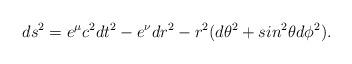
LaTeX: \begin{align*}ds^2=e^\mu c^2dt^2-e^\nu dr^2-r^2(d\theta^2+sin^2\theta d\phi^2).\end{align*}